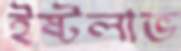
ইষ্টলাভ